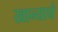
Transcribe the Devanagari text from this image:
खान्याचे